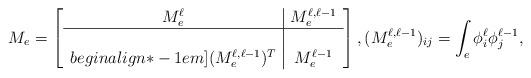
LaTeX: \begin{align*}M_e = \left[\begin{array}{c|c}M^{\ell}_e & M^{\ell,\ell-1}_e \\\hline\\begin{align*}-1em](M^{\ell,\ell-1}_e)^T & M^{\ell-1}_e\end{array}\right],(M^{\ell,\ell-1}_e)_{ij} = \int_e \phi_i^\ell\phi_j^{\ell-1},\end{align*}